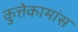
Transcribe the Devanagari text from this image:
कुत्तेकामांस